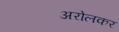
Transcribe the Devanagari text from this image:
अरोलकर